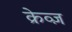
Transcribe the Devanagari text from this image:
क्रेव्ज़